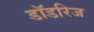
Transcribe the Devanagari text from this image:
डॉडरिज